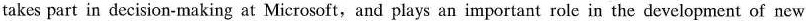
takes part in decision-making at Microsoft,and plays an important role in the development of new